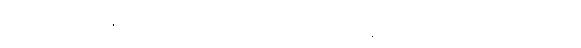
ဧရာဝတီ မြစ်ဝကျွန်းပေါ်သို့ ရောက်လာသော အခါတပြင် တပြန့် အပြောကျယ်စွာ ဂယက်လှိုင်း ကြွ